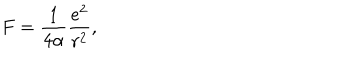
F = \frac { 1 } { 4 \alpha } \frac { e ^ { 2 } } { r ^ { 2 } } ,